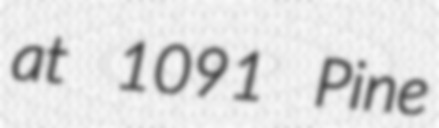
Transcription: at 1091 Pine